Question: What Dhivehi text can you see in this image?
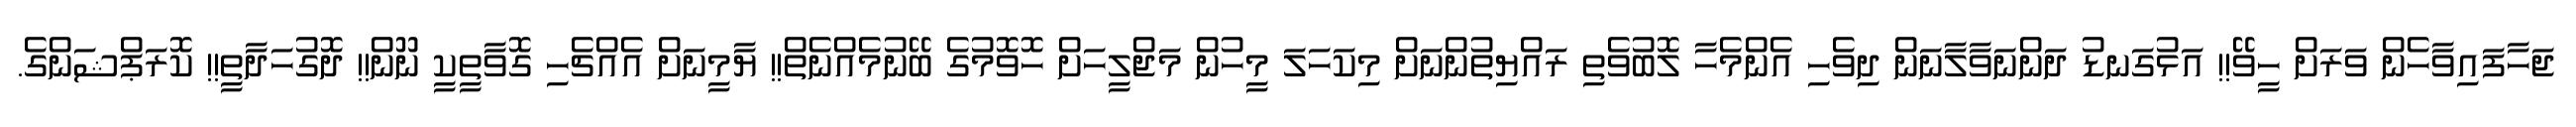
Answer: ޖަހާފައިވާހެން ވަރަށް ހީވޭ!! އަޅުގަނޑު ދަންނަވާލާނަން ދިވެހި އެންމެހާ ލޮބުވެތި ރައްޔިތުންނަށް މިކަހަލަ މީހުން މަޖްލީހަށް ހޮވޮމުގެ ބޭނުމެއްނެތް!! ޔާމީނަށް އެއްޗެހި ގޮވާތީކީ ނޫން!! ދޮގުހަދާތީ!! ކޮރަޕްޝަންގެ.